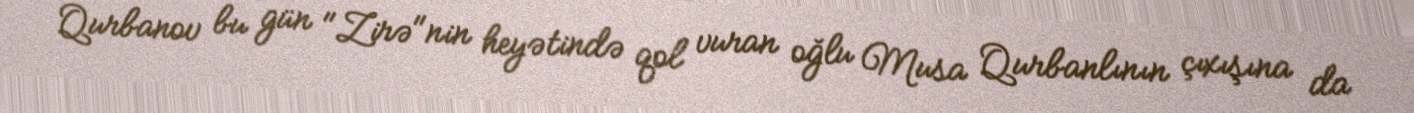
Qurbanov bu gün "Zirə"nin heyətində qol vuran oğlu Musa Qurbanlının çıxışına da